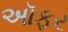
અૉફર